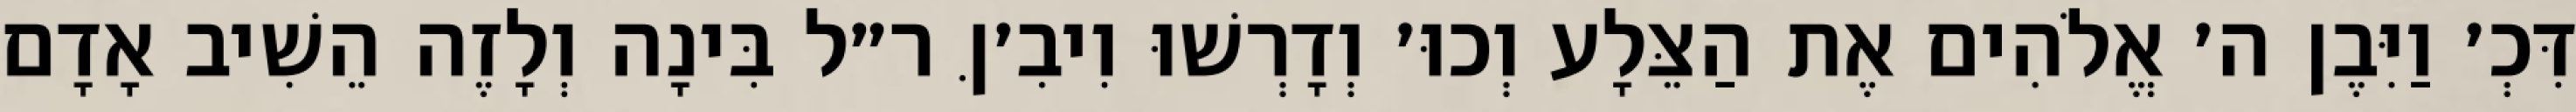
דִּכְ׳ וַיִּבֶן ה׳ אֱלֹהִים אֶת הַצֵּלָע וְכוּ׳ וְדָרְשׁוּ וִיבִ׳ןּ ר״ל בִּינָה וְלָזֶה הֵשִׁיב אָדָם